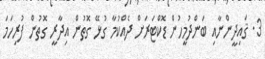
3. ޤައިދީންނާއި ބަންދުމީހުން ޑޮކްޓަރަށް ދެއްކުމާ ގުޅޭ ގޮތުން އިދާރީ ގޮތުން ފުރިހަމަ